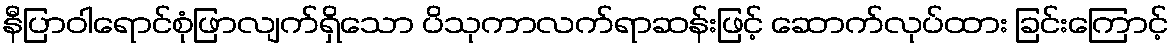
နီပြာဝါရောင်စုံဖြာလျက်ရှိသော ပိသုကာလက်ရာဆန်းဖြင့် ဆောက်လုပ်ထား ခြင်းကြောင့်